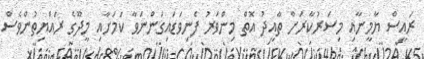
ރައީސް ޔާމީނާއި މިސަރުކާރަށް ތާއީދު އޮތް މިންވަރު ފެނިވަޑައިގަންނަވާ ކަމަށާއި މީދޫގެ ރައްޔިތުންވެސް